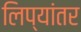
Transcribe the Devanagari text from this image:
लिप्यांतर